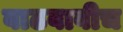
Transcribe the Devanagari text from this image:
वाढवावीच